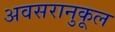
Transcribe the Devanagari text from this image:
अवसरानुकूल